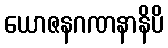
ယောဇနဂဏနာနိပိ